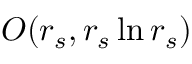
O ( r _ { s } , r _ { s } \ln r _ { s } )